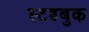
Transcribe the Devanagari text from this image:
स्टडबुक